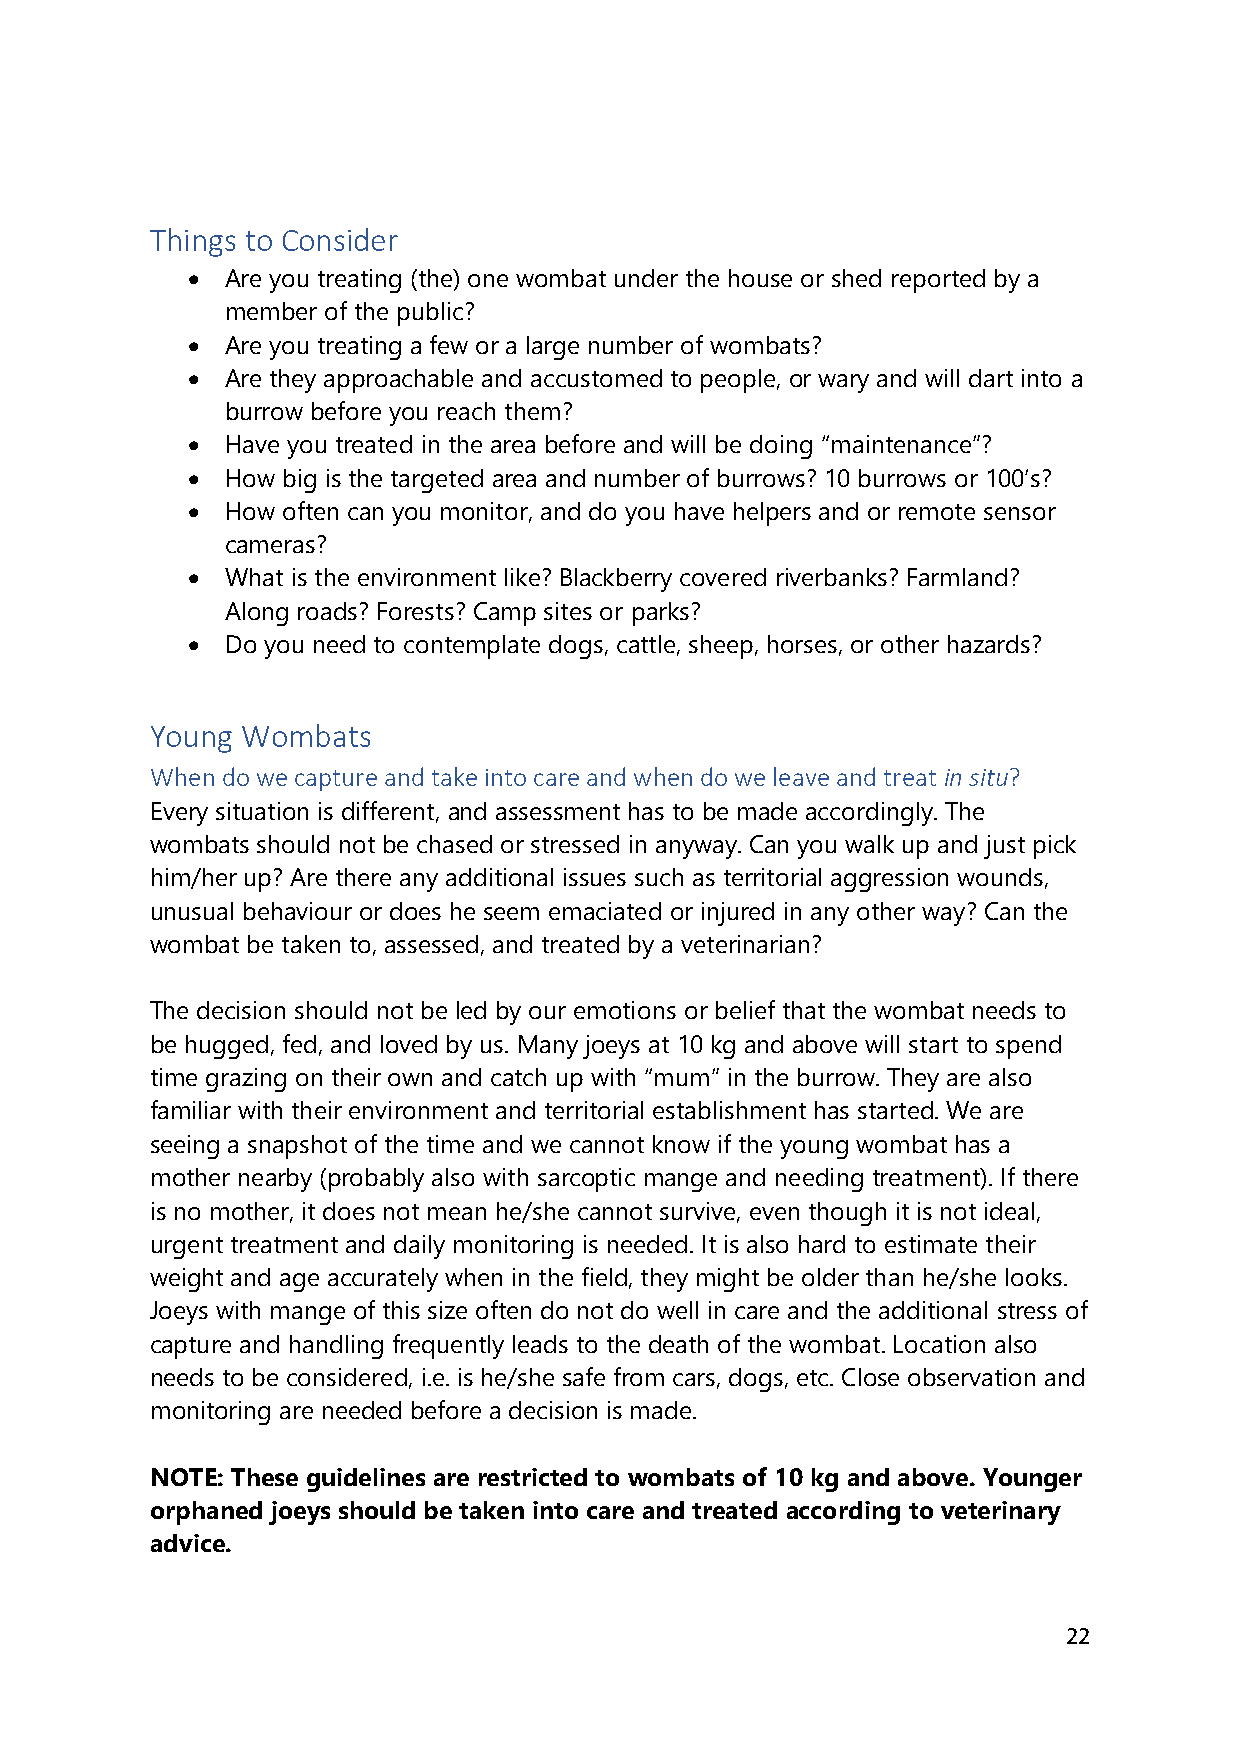
Things to Consider
 •  Are you treating (the) one wombat under the house or shed reported by a
 member of the public?
 •  Are you treating a few or a large number of wombats?
 •  Are they approachable and accustomed to people, or wary and will dart into a
 burrow before you reach them?
 •  Have you treated in the area before and will be doing “maintenance”?
 •  How big is the targeted area and number of burrows? 10 burrows or 100’s?
 •  How often can you monitor, and do you have helpers and or remote sensor
 cameras?
 •  What is the environment like? Blackberry covered riverbanks? Farmland?
 Along roads? Forests? Camp sites or parks?
 •  Do you need to contemplate dogs, cattle, sheep, horses, or other hazards?
 Young Wombats
 When do we capture and take into care and when do we leave and treat in situ?
 Every situation is different, and assessment has to be made accordingly. The
 wombats should not be chased or stressed in anyway. Can you walk up and just pick
 him/her up? Are there any additional issues such as territorial aggression wounds,
 unusual behaviour or does he seem emaciated or injured in any other way? Can the
 wombat be taken to, assessed, and treated by a veterinarian?
 The decision should not be led by our emotions or belief that the wombat needs to
 be hugged, fed, and loved by us. Many joeys at 10 kg and above will start to spend
 time grazing on their own and catch up with “mum” in the burrow. They are also
 familiar with their environment and territorial establishment has started. We are
 seeing a snapshot of the time and we cannot know if the young wombat has a
 mother nearby (probably also with sarcoptic mange and needing treatment). If there
 is no mother, it does not mean he/she cannot survive, even though it is not ideal,
 urgent treatment and daily monitoring is needed. It is also hard to estimate their
 weight and age accurately when in the field, they might be older than he/she looks.
 Joeys with mange of this size often do not do well in care and the additional stress of
 capture and handling frequently leads to the death of the wombat. Location also
 needs to be considered, i.e. is he/she safe from cars, dogs, etc. Close observation and
 monitoring are needed before a decision is made.
 NOTE: These guidelines are restricted to wombats of 10 kg and above. Younger
 orphaned joeys should be taken into care and treated according to veterinary
 advice.
 22